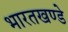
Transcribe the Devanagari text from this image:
भारतखण्डे